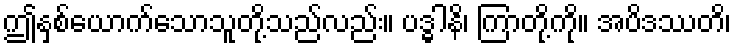
ဤနှစ်ယောက်သောသူတို့သည်လည်း။ ပဒ္ဓါနိ၊ ကြာတို့ကို။ အပိဒဿတိ၊